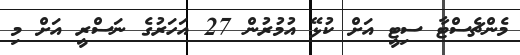
މެންޗެސްޓާ ސިޓީ އަށް ކުޅޭ އުމުރުން 27 އަހަރުގެ ނަސްރީ އަށް މި